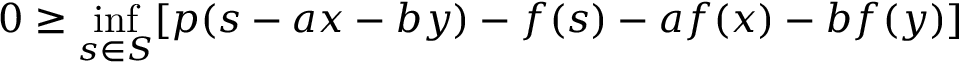
0 \geq \operatorname* { i n f } _ { s \in S } [ p ( s - a x - b y ) - f ( s ) - a f ( x ) - b f ( y ) ]